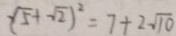
( \sqrt { 5 + \sqrt { 2 } } ) ^ { 2 } = 7 + 2 \sqrt { 1 0 }